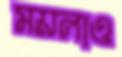
ময়লাও